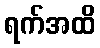
ရက်အထိ